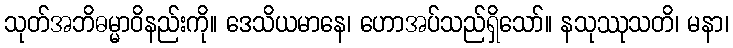
သုတ်အဘိဓမ္မာဝိနည်းကို။ ဒေသိယမာနေ၊ ဟောအပ်သည်ရှိသော်။ နသုဿုသတိ၊ မနာ၊